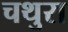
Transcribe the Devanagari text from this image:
चथुरा